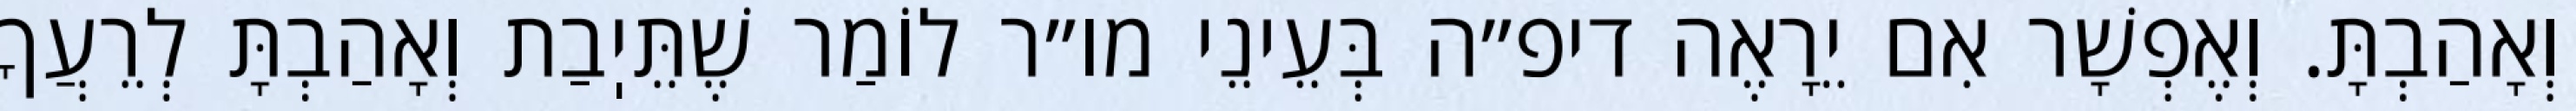
וְאָהַבְתָּ. וְאֶפְשָׁר אִם יֵרָאֶה דיפ״ה בְּעֵינֵי מו״ר לוֹמַר שֶׁתֵּיֽבַת וְאָהַבְתָּ לְרֵעֲךָ